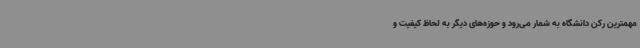
مهمترین رکن دانشگاه به شمار می‌رود و حوزه‌های دیگر به لحاظ کیفیت و